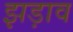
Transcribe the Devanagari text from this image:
झड़ाव